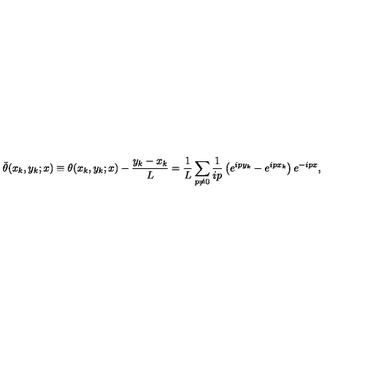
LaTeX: { \bar { \theta } } ( x _ { k } , y _ { k } ; x ) \equiv \theta ( x _ { k } , y _ { k } ; x ) - \frac { y _ { k } - x _ { k } } { L } = \frac { 1 } { L } \sum _ { p \ne 0 } \frac { 1 } { i p } \left( e ^ { i p y _ { k } } - e ^ { i p x _ { k } } \right) e ^ { - i p x } ,